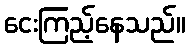
ငေးကြည့်နေသည်။